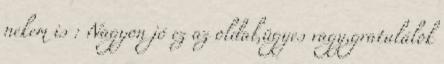
nekem is : Nagyon jó ez az oldal,ügyes vagy,gratulálok